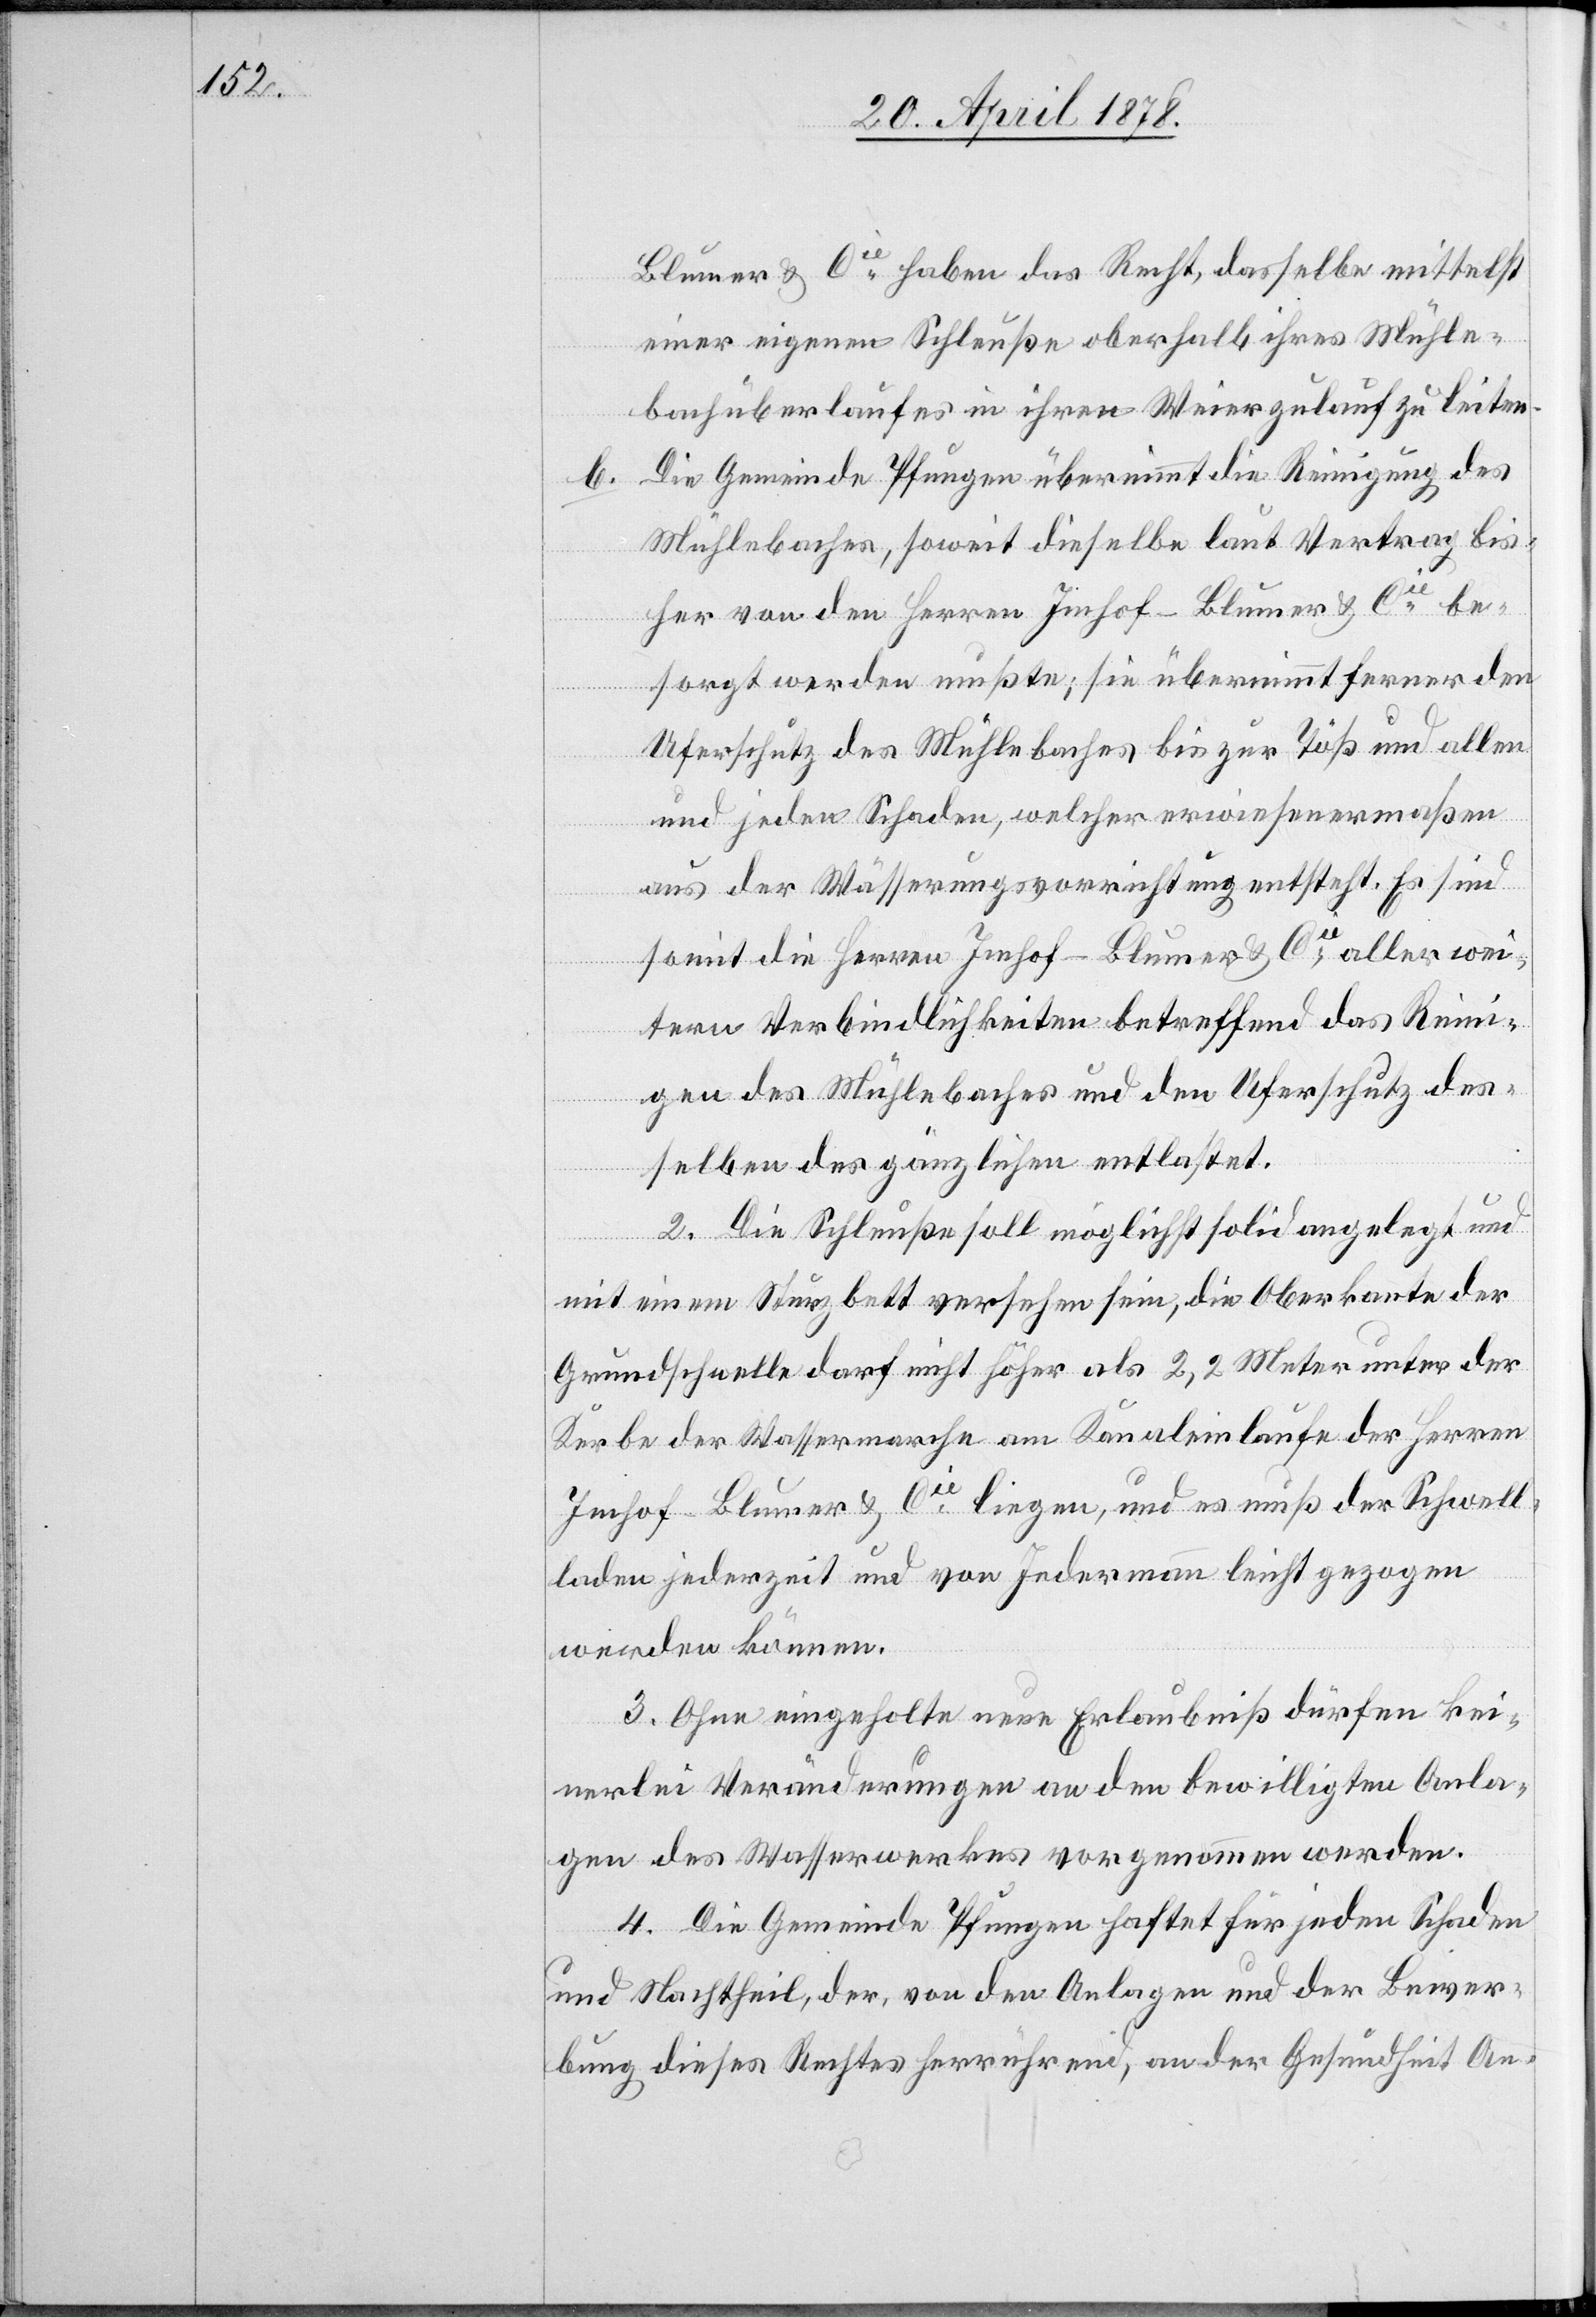
Blumer & Cie haben das Recht, dasselbe mittelst
einer eigenen Schleuße oberhalb ihres Mühle¬
bachüberlaufes in ihren Weierzulauf zu leiten.
Die Gemeinde Pfungen übernimmt die Reinigung des
Mühlebaches, soweit dieselbe laut Vertrag bis¬
her von den Herren Imhof-Blumer & Cie be¬
sorgt werden mußte; sie übernimmt ferner den
Uferschutz des Mühlebaches bis zur Töß und allen
und jeden Schaden, welcher erwiesenermaßen
aus der Wässerungsvorrichtung entsteht. Es sind
somit die Herren Imhof-Blumer & Cie aller wei¬
tern Verbindlichkeiten betreffend das Reini¬
gen des Mühlebaches und den Uferschutz des¬
selben des gänzlichen entlastet.
2. Die Schleuße soll möglichst solid angelegt und
mit einem Sturzbett versehen sein, die Oberkante der
Grundschwelle darf nicht höher als 2,2 Meter unter der
Kerbe der Wassermarche am Kanaleinlaufe der Herren
Imhof-Blumer & Cie liegen, und es muß der Schwel¬
laden jederzeit und von Jedermann leicht gezogen
werden können.
3. Ohne eingeholte neue Erlaubniß dürfen kei¬
nerlei Veränderungen an den bewilligten Anla¬
gen des Wasserwerkes vorgenommen werden.
4. Die Gemeinde Pfungen haftet für jeden Schaden
und Nachtheil, der, von den Anlagen und der Bewer¬
bung dieses Rechtes herrührend, an der Gesundheit An-